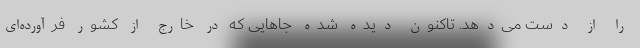
را از دست می‌دهد. تاکنون دیده شده جاهایی که در خارج از کشور فرآورده‌ای